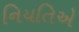
નિયતિએ